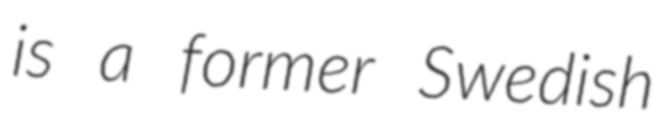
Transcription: is a former Swedish